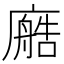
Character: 𫸂